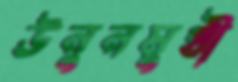
উনুনমুখী